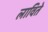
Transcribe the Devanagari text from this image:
लाविते